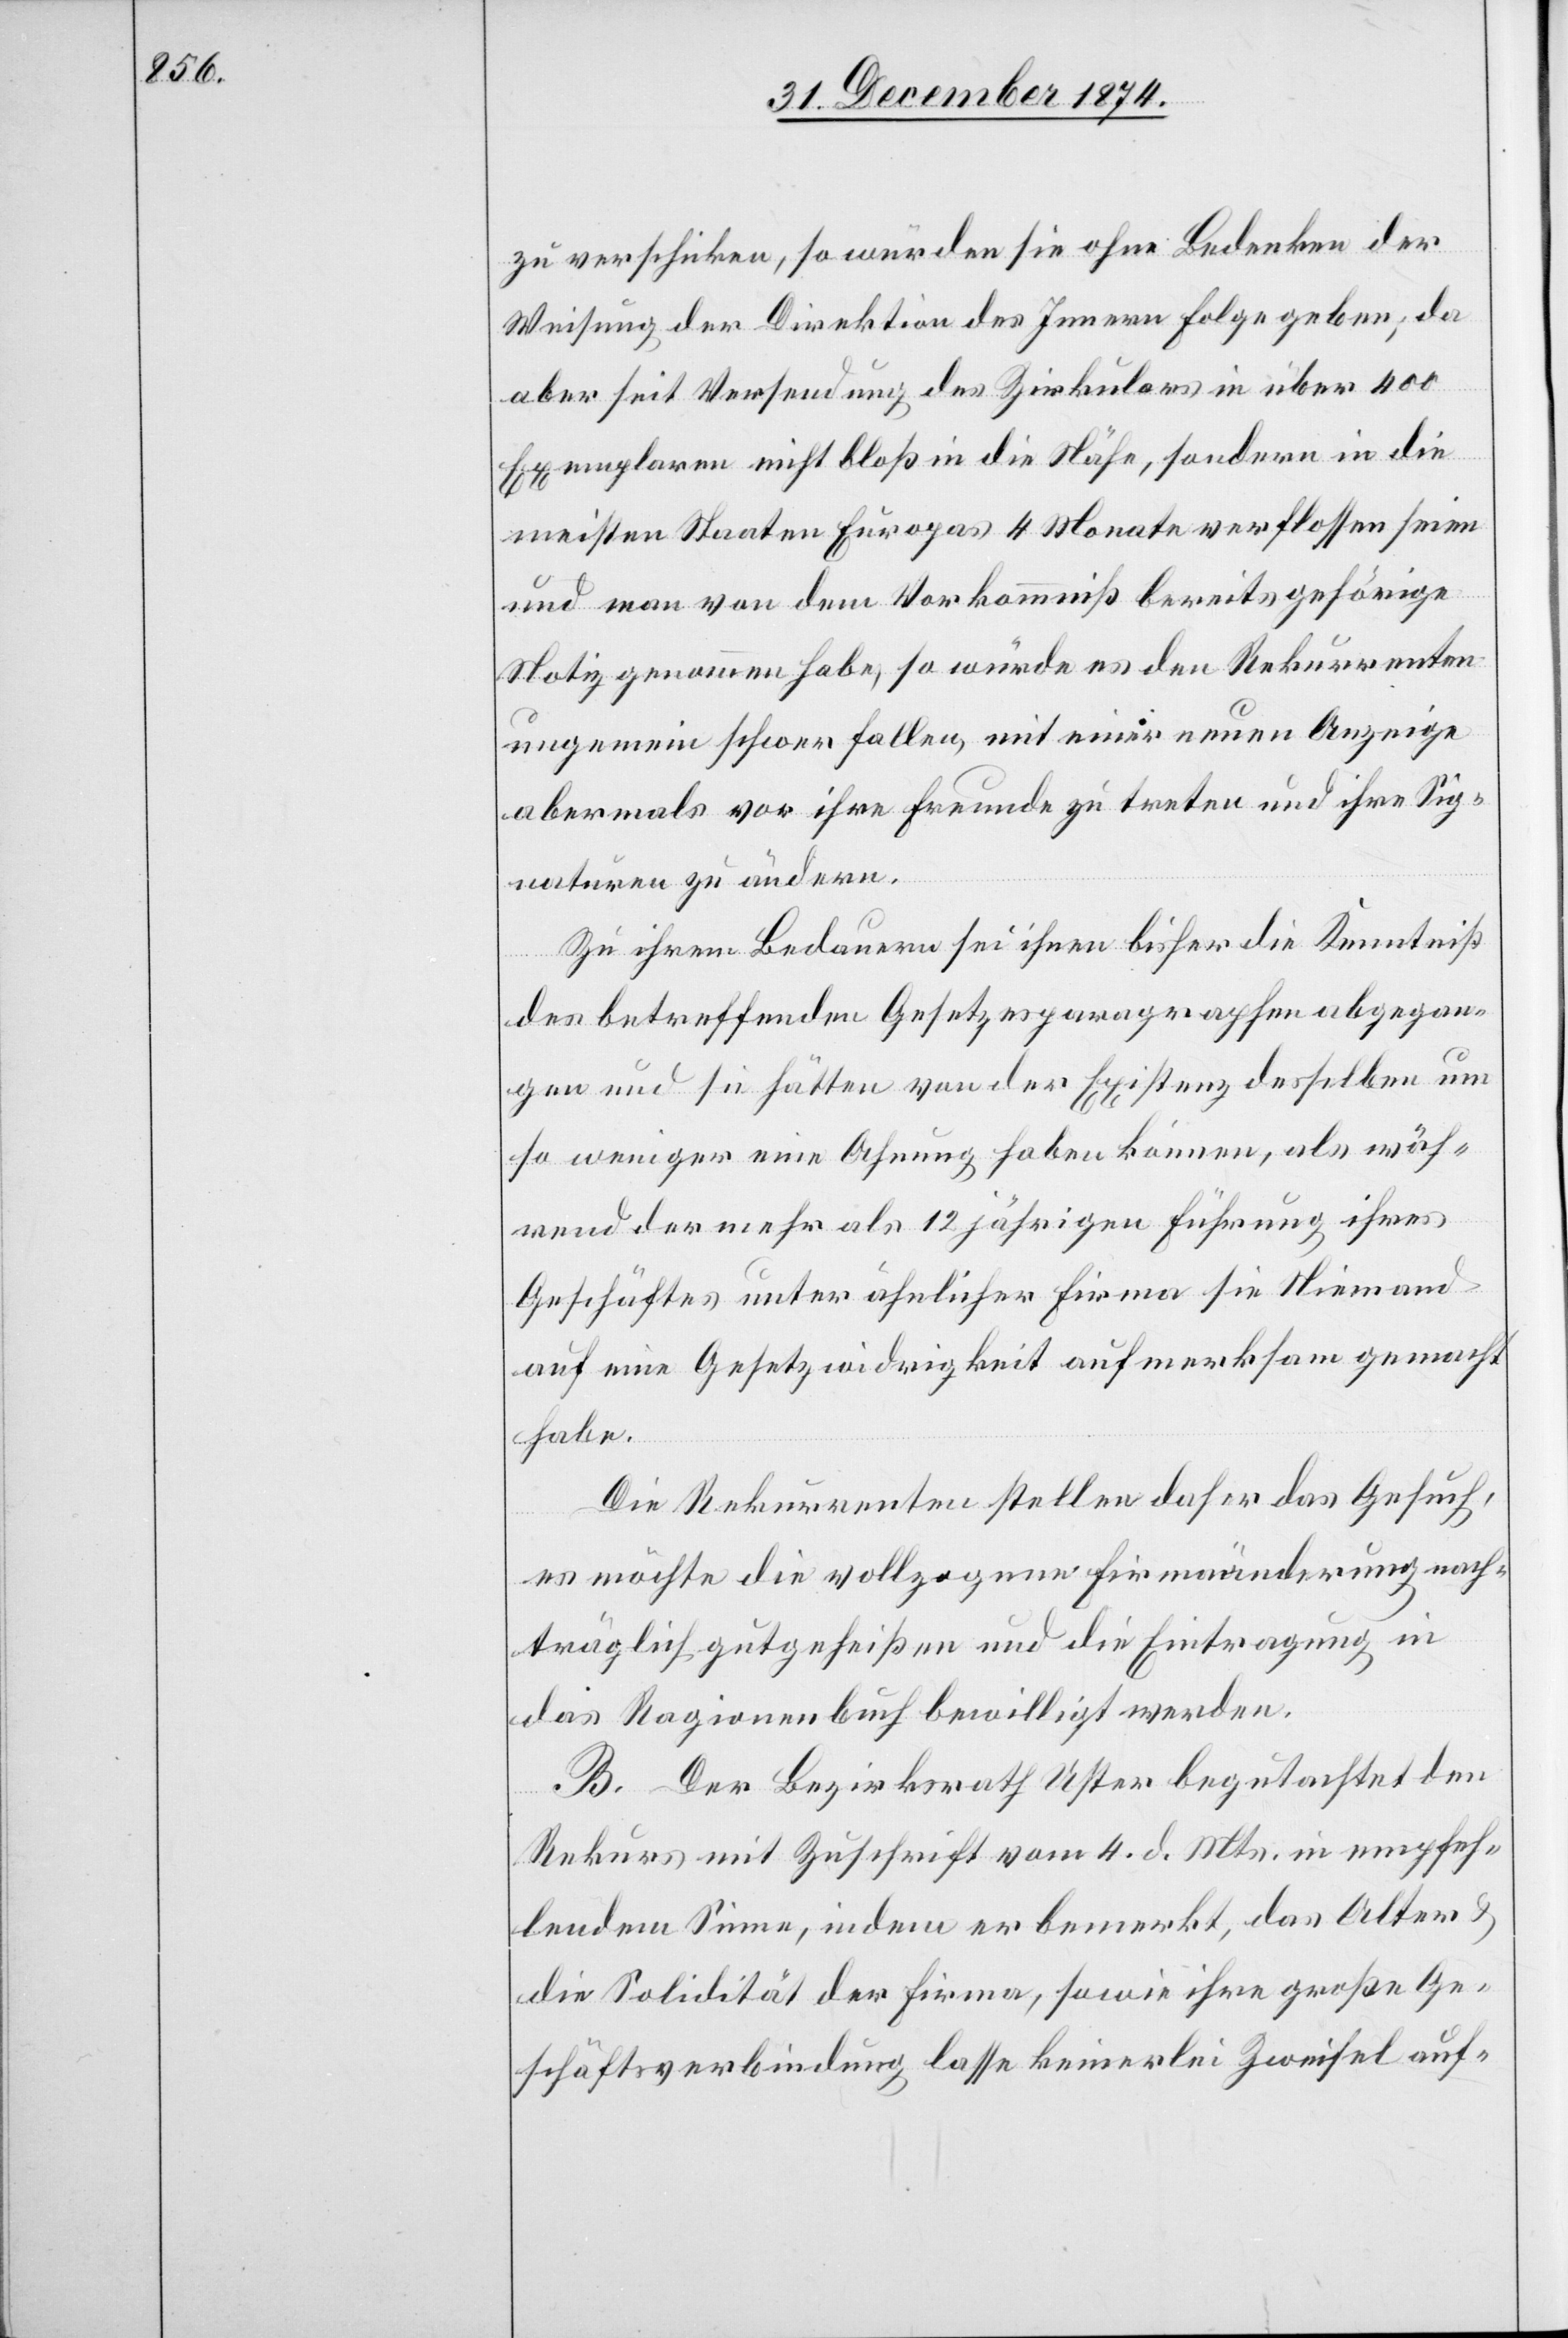
zu verschicken, so würden sie ohne Bedenken der
Weisung der Direktion des Innern Folge geben; da
aber seit Versendung des Zirkulars in über 400
Exemplaren nicht bloß in die Nähe, sondern in die
meisten Staaten Europas 4 Monate verflossen seien
und man von dem Vorkommniß bereits gehörige
Notiz genommen habe, so würde es den Rekurrenten
ungemein schwer fallen, mit einer neuen Anzeige
abermals vor ihre Freunde zu treten und ihre Sig¬
naturen zu ändern.
Zu ihrem Bedauern sei ihnen bisher die Kenntniß
des betreffenden Gesetzesparagraphen abgegan¬
gen und sie hätten von der Existenz desselben um
so weniger eine Ahnung haben können, als wäh¬
rend der mehr als 12jährigen Führung ihres
Geschäftes unter ähnlicher Firma sie Niemand
auf eine Gesetzeswidrigkeit aufmerksam gemacht
habe.
Die Rekurrenten stellen daher das Gesuch,
es möchte die vollzogene Firmenänderung nach¬
träglich gutgeheißen und die Eintragung in
das Ragionenbuch bewilligt werden.
B. Der Bezirksrath Uster begutachtet den
Rekurs mit Zuschrift vom 4. d. Mts. in empfeh¬
lendem Sinne, indem er bemerkt, das Alter &
die Solidität der Firma, sowie ihre große Ge¬
schäftsverbindung lasse keinerlei Zweifel auf-